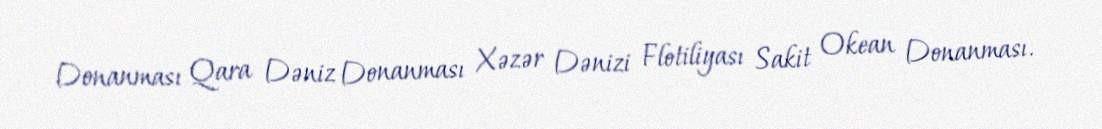
Donanması Qara Dəniz Donanması Xəzər Dənizi Flotiliyası Sakit Okean Donanması.